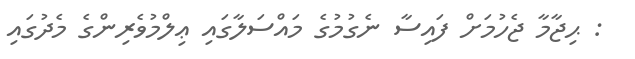
: ޙިޖާމާ ޖެހުމަށް ފައިސާ ނެގުމުގެ މައްސަލާގައި ޢިލްމުވެރިންގެ މެދުގައި